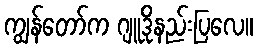
ကျွန်တော်က ဂျူဒိုနည်းပြလေ။